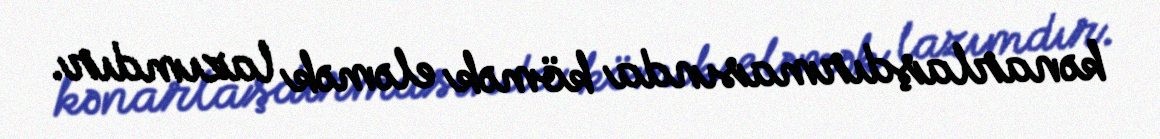
kənarlaşdırmasında kömək eləmək lazımdır.